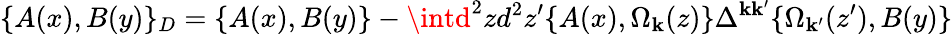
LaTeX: \{ A(x),B(y)\} _{D}=\{ A(x),B(y)\} -\intd^{2}zd^{2}z^{\prime}\{ A(x),\Omega_{\mathbf{k}}(z)\} \Delta^{\mathbf{k}\mathbf{k}^{\prime}}\{ \Omega_{\mathbf{k}^{\prime}}(z^{\prime}),B(y)\}